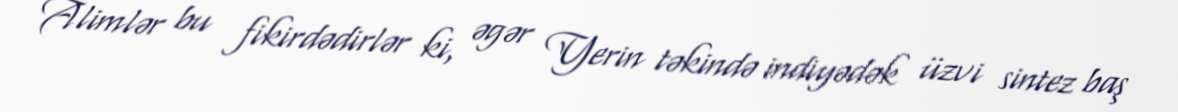
Alimlər bu fikirdədirlər ki, əgər Yerin təkində indiyədək üzvi sintez baş